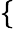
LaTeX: \left\{ \begin{array}{ll}\end{array}\right.